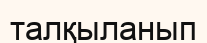
талқыланып